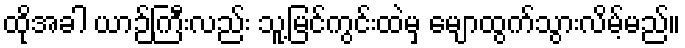
ထိုအခါ ယာဉ်ကြီးလည်း သူ့မြင်ကွင်းထဲမှ မျောထွက်သွားလိမ့်မည်။